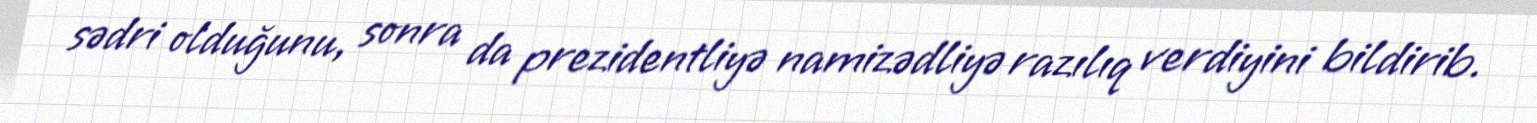
sədri olduğunu, sonra da prezidentliyə namizədliyə razılıq verdiyini bildirib.